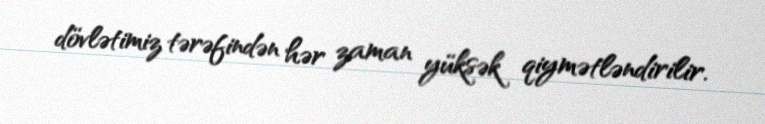
dövlətimiz tərəfindən hər zaman yüksək qiymətləndirilir.